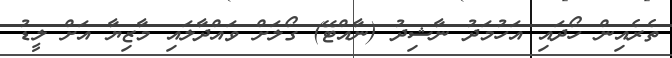
ތެރެއިން ހޯދައި އަހުމަދު ނާޝިދު (ނާއްޓޭ) ގޯލަށް ވައްދާލައި މާޒިޔާ އަށް ލީޑު